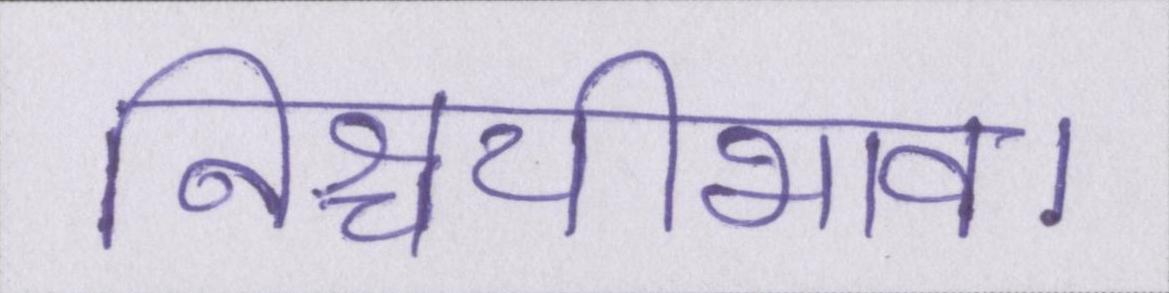
निश्चयीभाव।